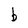
Character: b